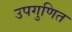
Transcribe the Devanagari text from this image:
उपगुणित